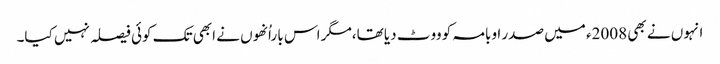
انہوں نے بھی 2008ء میں صدر اوبامہ کو ووٹ دیا تھا،مگر اس با راُنھوں نے ابھی تک کوئی فیصلہ نہیں کیا۔